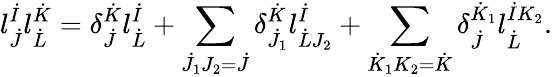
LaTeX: l_{\dot{J}}^{\dot{I}}l_{\dot{L}}^{\dot{K}}=\delta_{\dot{J}}^{\dot{K}}l_{\dot{L}}^{\dot{I}}+\sum_{\dot{J}_{1}J_{2}=\dot{J}}\delta_{\dot{J}_{1}}^{\dot{K}}l_{\dot{L}J_{2}}^{\dot{I}}+\sum_{\dot{K}_{1}K_{2}=\dot{K}}\delta_{\dot{J}}^{\dot{K}_{1}}l_{\dot{L}}^{\dot{I}K_{2}}.